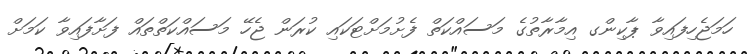
ހަމަޖެހިފައިވާ ޕާކިންގ އިމާރާތުގެ މަސައްކަތް ފެށުމަށްޓަކައި ކުރަން ޖެހޭ މަސައްކަތްތައް ފަށާފައިވާ ކަމަށް